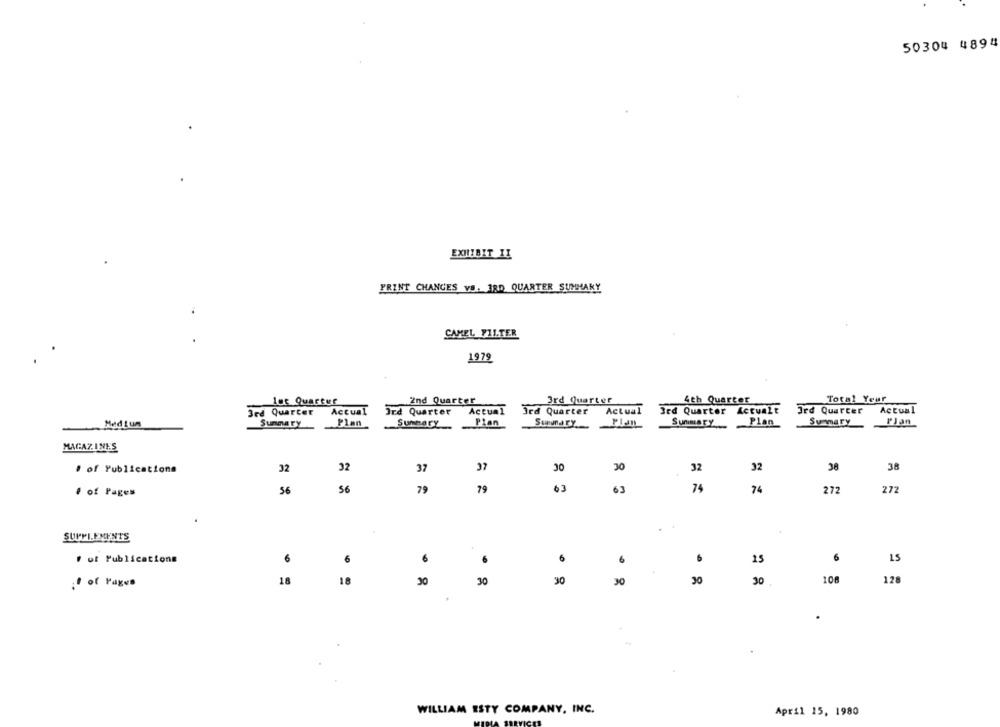
50304 4894
EXHIBIT II
PRINT CHANCES VE. 3RD QUARTER SUMMARY
CAMEL FILTER
1979
let Quarter
2nd Quarter
3rd Quarter
4th Quarter
Total Yeur
3rd Quarter Actual
Ird Quarter Actual
3rd Quarter Actual
3rd Quarter Actualt
Jrd Quarter
Actual
Med Lum
Plan
PJan
Summary
Summary
Plan
Surunary Plan
Summary Plan
Summary
MAGAZINES
30
32
# of Publications
32
32
37
20
32
38
38
63
74
# of Pages
56
56
79
79
74
272
272
. .
SUPPLEMENTS
# of Publications
6
6
15
6
15
6
6
.
18
18
30
30
30
30
30
108
128
:f of Pages
-
WILLIAM ESTY COMPANY, INC.
April 15, 1980